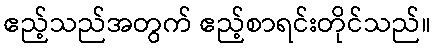
ဧည့်သည်အတွက် ဧည့်စာရင်းတိုင်သည်။